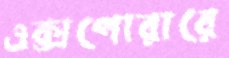
এক্সপোরারে